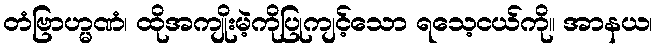
တံဗြာဟ္မဏံ၊ ထိုအကျိုးမဲ့ကိုပြုကျင့်သော ရသေ့ငယ်ကို။ အာနယ၊